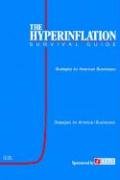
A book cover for The Hyperinflation Survival Guide: Strategies for American Businesses; Gerald Swanson; Business & Money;